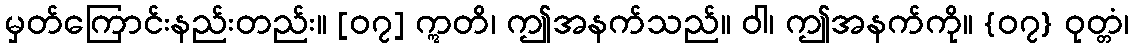
မှတ်ကြောင်းနည်းတည်း။ [၀၇] ဣတိ၊ ဤအနက်သည်။ ဝါ၊ ဤအနက်ကို။ {၀၇} ဝုတ္တံ၊